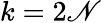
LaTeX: k=2\mathscr{N}